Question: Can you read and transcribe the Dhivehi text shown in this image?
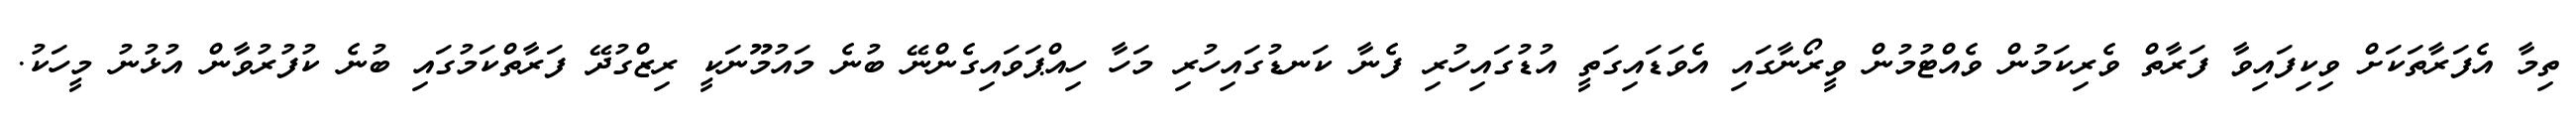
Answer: ތިމާ އެފަރާތަކަށް ވިކިފައިވާ ފަރާތް ވެރިކަމުން ވެއްޓުމުން ވީރޯނާގައި އެވަޑައިގަތީ އުޑުގައިހުރި ފެނާ ކަނޑުގައިހުރި މަހާ ހިއްޕަވައިގެންނޭ ބުނެ މައުމޫނަކީ ރިޒްގުދޭ ފަރާތްކަމުގައި ބުނެ ކުފުރުވާން އުޅުނު މީހަކު.